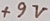
Text: +9V